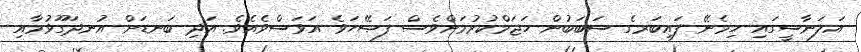
އަލަނާސީގައި ހިމެނޭ ފައިބަރގެ ސަބަބުން ހަޖަމްކުރުމަށްވެސް ފަޞޭހަވެ އަވަސްވެއެވެ. އަދި ބަނޑަށް އުނދަގޫވުމާއި